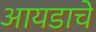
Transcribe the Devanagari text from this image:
आयडाचे